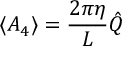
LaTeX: \langle { \cal A } _ { 4 } \rangle = \frac { 2 \pi \eta } { L } \hat { Q }